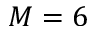
M = 6